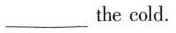
___the cold.